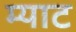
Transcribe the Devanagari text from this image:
म्याट